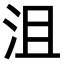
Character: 沮